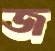
জ